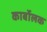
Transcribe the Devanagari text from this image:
कार्बोलक